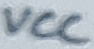
Text: VCC